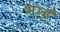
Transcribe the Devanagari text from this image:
भाईं